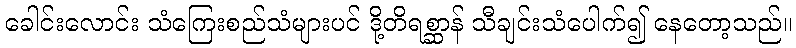
ခေါင်းလောင်း သံကြေးစည်သံများပင် ဒို့တိရစ္ဆာန် သီချင်းသံပေါက်၍ နေတော့သည်။